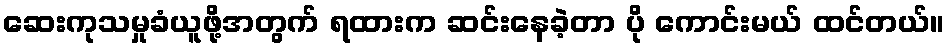
ဆေးကုသမှုခံယူဖို့အတွက် ရထားက ဆင်းနေခဲ့တာ ပို ကောင်းမယ် ထင်တယ်။